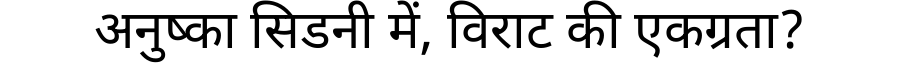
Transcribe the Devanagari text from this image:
अनुष्का सिडनी में, विराट की एकग्रता?